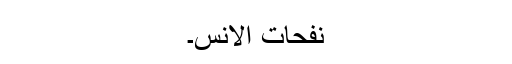
نفحات الانس۔